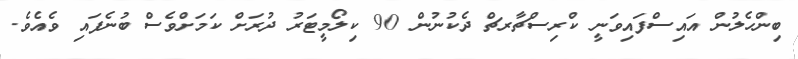
ބިންހެލުން އައިސްފައިވަނީ ކްރިސްޗާރޗް ދެކުނުން 90 ކިލޯމީޓަރު ދުރަށް ކަމަށްވެސް ބުނެފައި ވެއެވެ.